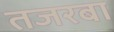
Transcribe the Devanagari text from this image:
तजरबा